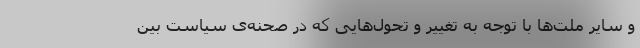
و سایر ملت‌ها با توجه به تغییر و تحول‌هایی که در صحنه‌ی سیاست بین